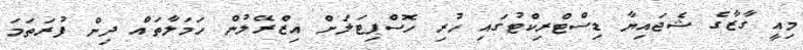
މިއީ ގާޒާގެ ޝެޖައިޔާ ޑިސްޓްރިކްޓުގައި ހުރި ހޮސްޕިޓަލަށް އިޒްރޭލުން ހަމަލާތައް ދިން ފުރަތަމަ